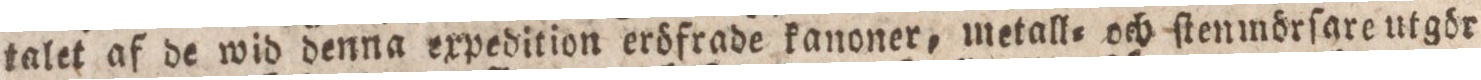
talet af de wid denna expedition eröfrade kanoner, metall= och ſtenmörſare utgör